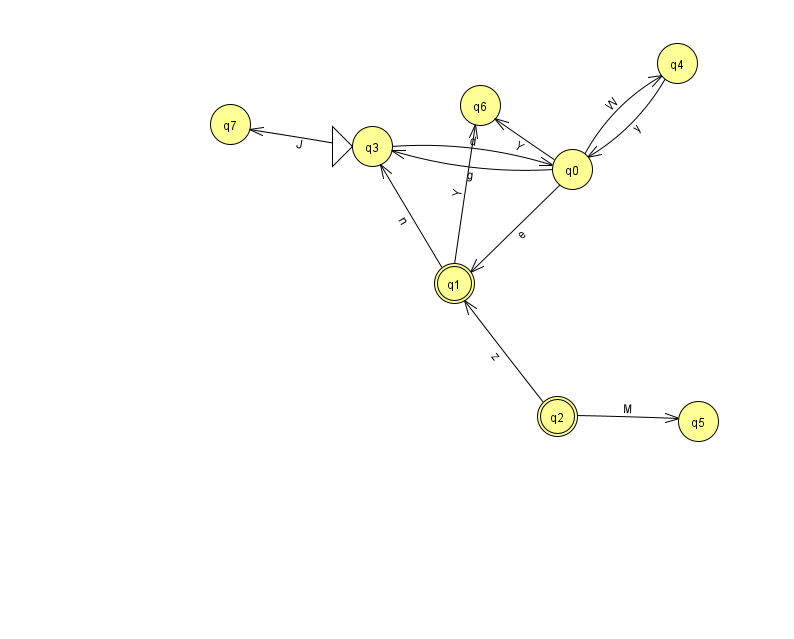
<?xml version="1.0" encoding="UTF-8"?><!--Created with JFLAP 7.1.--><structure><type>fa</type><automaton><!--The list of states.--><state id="0" name="q0"><x>572.0</x><y>156.0</y></state><state id="1" name="q1"><x>454.0</x><y>270.0</y><final/></state><state id="2" name="q2"><x>557.0</x><y>403.0</y><final/></state><state id="3" name="q3"><x>372.0</x><y>133.0</y><initial/></state><state id="4" name="q4"><x>677.0</x><y>50.0</y></state><state id="5" name="q5"><x>698.0</x><y>408.0</y></state><state id="6" name="q6"><x>480.0</x><y>92.0</y></state><state id="7" name="q7"><x>230.0</x><y>111.0</y></state><!--The list of transitions.--><transition><from>4</from><to>0</to><read>y</read></transition><transition><from>2</from><to>5</to><read>M</read></transition><transition><from>0</from><to>6</to><read>Y</read></transition><transition><from>1</from><to>3</to><read>n</read></transition><transition><from>2</from><to>1</to><read>z</read></transition><transition><from>0</from><to>1</to><read>e</read></transition><transition><from>1</from><to>6</to><read>Y</read></transition><transition><from>3</from><to>0</to><read>d</read></transition><transition><from>0</from><to>3</to><read>g</read></transition><transition><from>0</from><to>4</to><read>W</read></transition><transition><from>3</from><to>7</to><read>J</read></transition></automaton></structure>